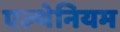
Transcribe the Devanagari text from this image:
एल्थेनियम